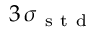
3 \, \sigma _ { \mathrm { ~ s ~ t ~ d ~ } }